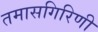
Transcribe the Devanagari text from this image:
तमासगिरिणी